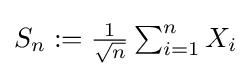
{\textstyle S_{n}:={\frac {1}{\sqrt {n}}}\sum _{i=1}^{n}X_{i}}